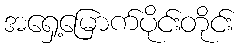
အရှေ့မြောက်ပိုင်းတိုင်း